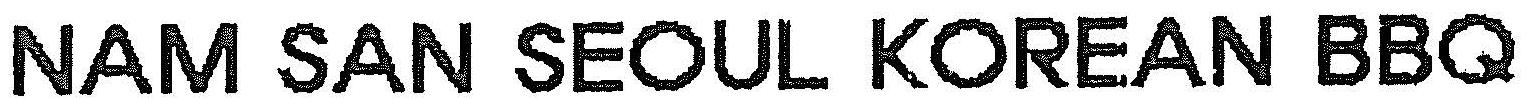
NAM SAN SEOUL KOREAN BBQ